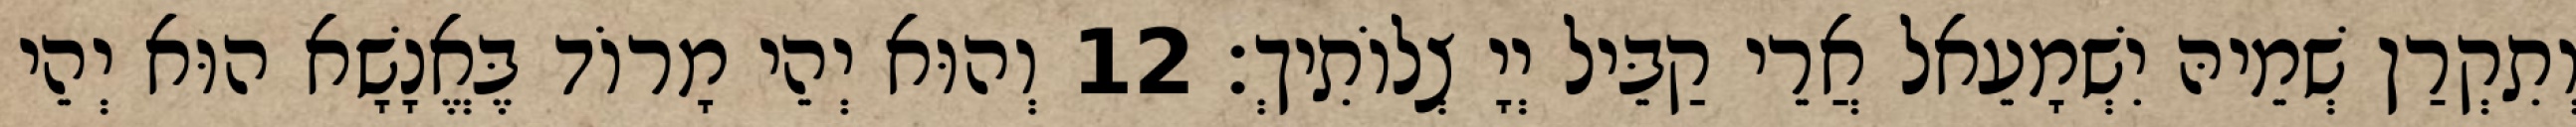
וְתִקְרַן שְׁמֵיהּ יִשְׁמָעֵאל אֲרֵי קַבֵּיל יְיָ צְלוֹתִיךְ׃ 12 וְהוּא יְהֵי מָרוֹד בֶּאֱנָשָׁא הוּא יְהֵי